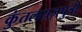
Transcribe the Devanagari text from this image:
कुंतलराजपुत्री